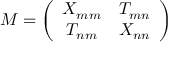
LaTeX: M = \left( \begin{array} { c c } { { X _ { m m } } } & { { T _ { m n } } } \\ { { T _ { n m } } } & { { X _ { n n } } } \end{array} \right)